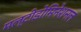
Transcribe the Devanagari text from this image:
मल्टीडोमिनेशनल